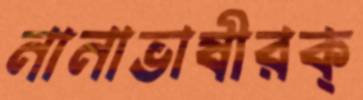
নানাভাষীরক্